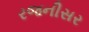
રજનીસર